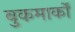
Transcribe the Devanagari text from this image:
बुकमार्कों